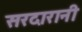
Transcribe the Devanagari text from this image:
सरदारानी